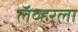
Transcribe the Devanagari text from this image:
लॅव्हरला